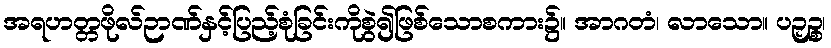
အရဟတ္တဖိုလ်ဉာဏ်နှင့်ပြည့်စုံခြင်းကိုစွဲ၍ဖြစ်သောစကား၌။ အာဂတံ၊ လာသော။ ပဉှဉ္စ၊